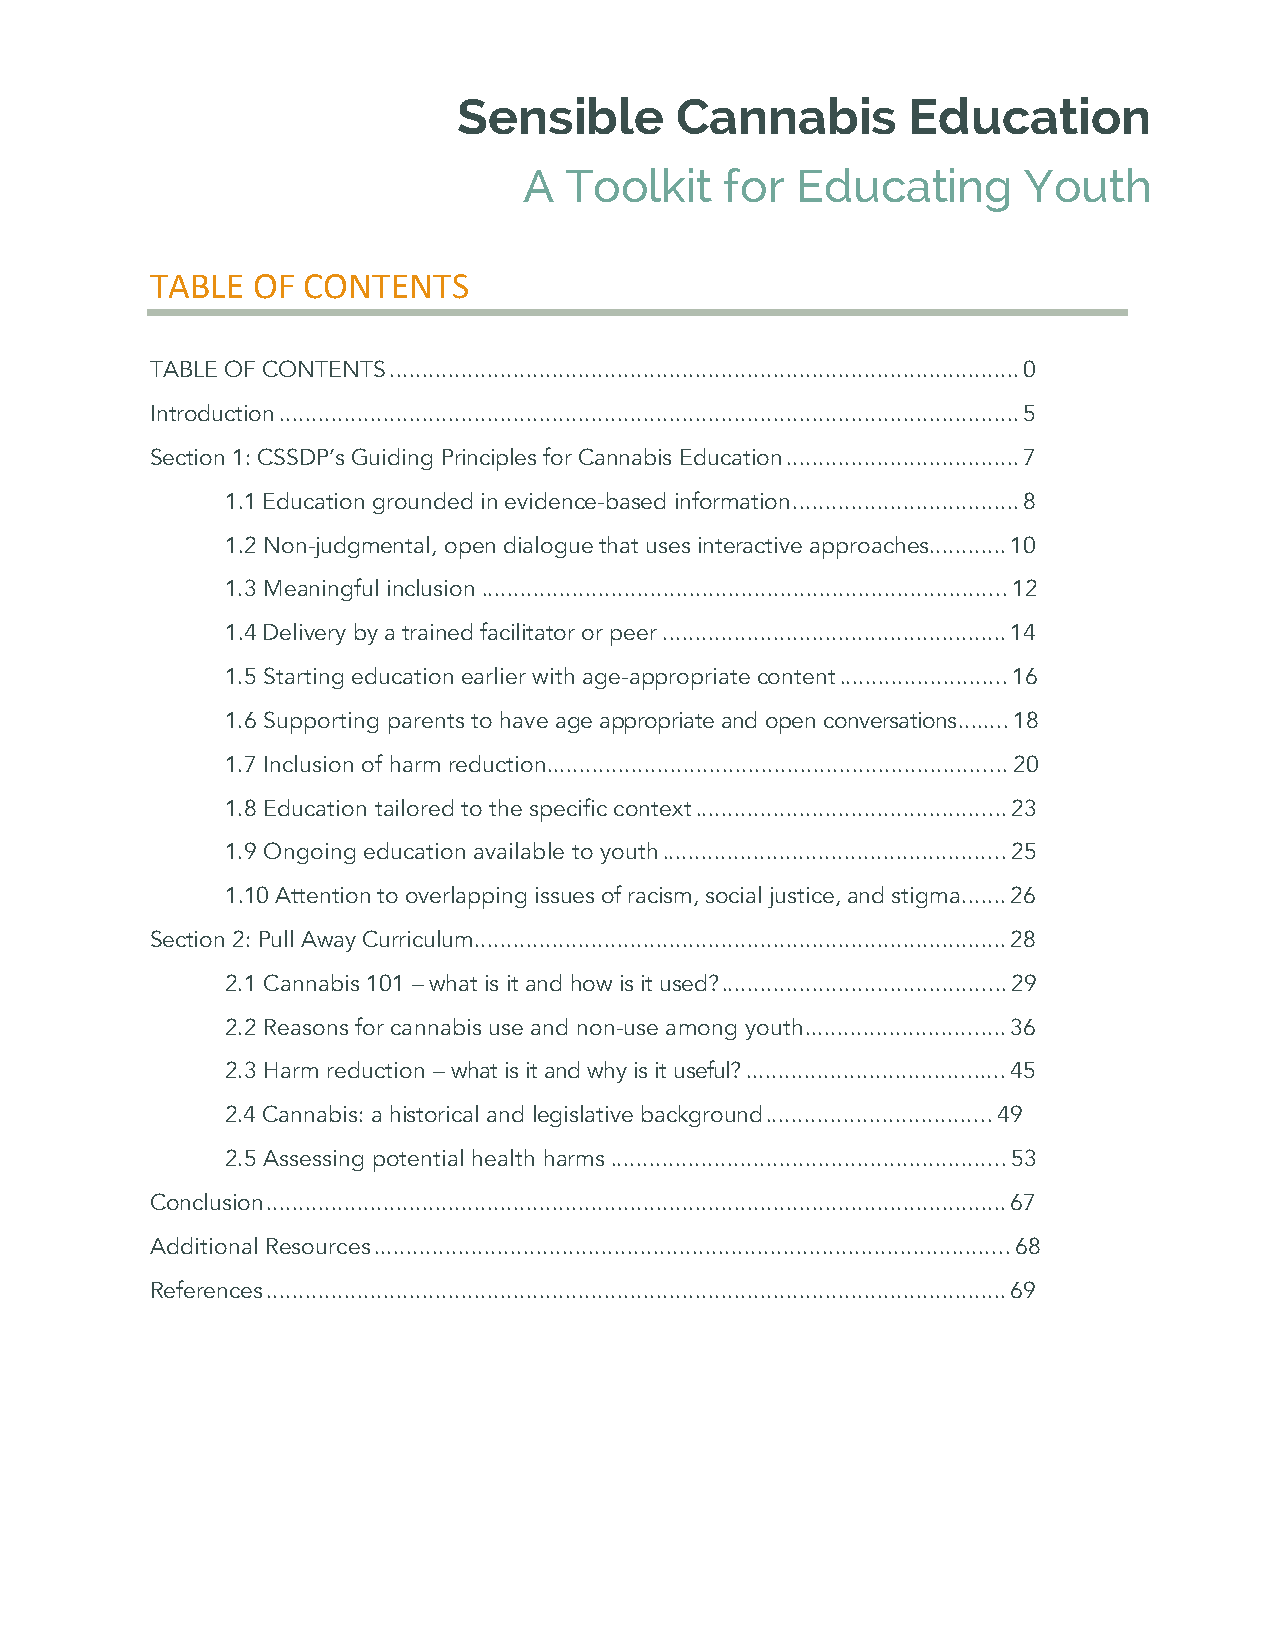
Sensible       Cannabis       Education
 A Toolkit    for  Educating      Youth
 TABLE  OF CONTENTS
 TABLE OF CONTENTS ................................................................................................. 0
 Introduction .................................................................................................................. 5
 Section 1: CSSDP’s Guiding Principles for Cannabis Education .................................... 7
 1.1 Education grounded in evidence-based information ................................... 8
 1.2 Non-judgmental, open dialogue that uses interactive approaches............ 10
 1.3 Meaningful inclusion ................................................................................. 12
 1.4 Delivery by a trained facilitator or peer ..................................................... 14
 1.5 Starting education earlier with age-appropriate content .......................... 16
 1.6 Supporting parents to have age appropriate and open conversations ........ 18
 1.7 Inclusion of harm reduction ....................................................................... 20
 1.8 Education tailored to the specific context ................................................ 23
 1.9 Ongoing education available to youth ..................................................... 25
 1.10 Attention to overlapping issues of racism, social justice, and stigma ....... 26
 Section 2: Pull Away Curriculum.................................................................................. 28
 2.1 Cannabis 101 – what is it and how is it used? ............................................ 29
 2.2 Reasons for cannabis use and non-use among youth ............................... 36
 2.3 Harm reduction – what is it and why is it useful? ........................................ 45
 2.4 Cannabis: a historical and legislative background ................................... 49
 2.5 Assessing potential health harms ............................................................. 53
 Conclusion .................................................................................................................. 67
 Additional Resources .................................................................................................. 68
 References .................................................................................................................. 69